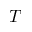
T